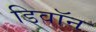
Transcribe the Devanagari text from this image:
डिवॉन